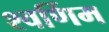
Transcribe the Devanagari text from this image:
श्वर्णिम